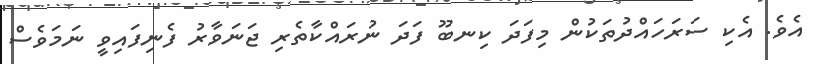
އެވެ. އެކި ސަރަހައްދުތަކުން މިފަދަ ކިނބޫ ފަދަ ނުރައްކާތެރި ޖަނަވާރު ފެނިފައިވީ ނަމަވެސް